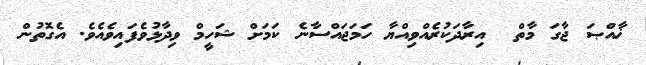
ޚާއްޞަ ޖާގަ މާތް  އިރާދަކުރެއްވިއްޔާ ހަމަޖައްސާނެ ކަމަށް ޝަހީމް ވިދާޅުވެފައިވެއެވެ. އެގޮތުން